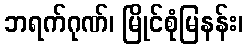
ဘရက်ဂုဏ်၊ မြိုင်စုံမြနန်း၊